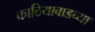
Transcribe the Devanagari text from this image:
काठियावाडच्या